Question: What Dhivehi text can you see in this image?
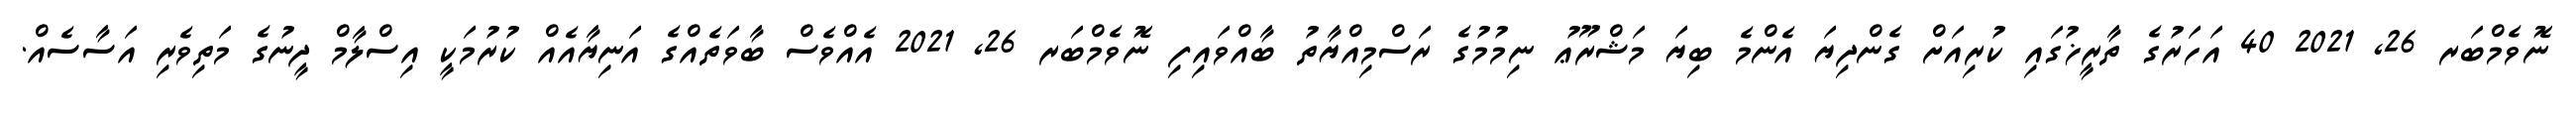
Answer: ނޮވެމްބަރ 26, 2021 40 އަހަރުގެ ތާރީޚުގައި ކުރިއަށް ގެންދިޔަ އެންމެ ބިޔަ މަޝްރޫޢު ނިމުމުގެ ރަސްމިއްޔާތު ބާއްވައިފި ނޮވެމްބަރ 26, 2021 އެއްވެސް ބާވަތެއްގެ އަނިޔާއެއް ކުރުމަކީ އިސްލާމް ދީނުގެ މަތިވެރި އަސާސެއް.